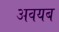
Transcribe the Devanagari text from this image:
अवयब